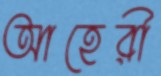
আহেরী